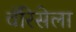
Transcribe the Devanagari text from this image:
वॅरिसेला